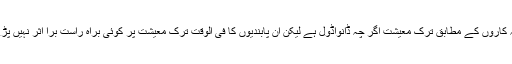
تجزیہ کاروں کے مطابق ترک معیشت اگر چہ ڈانواڈول ہے لیکن ان پابندیوں کا فی الوقت ترک معیشت پر کوئی براہ راست برا اثر نہیں پڑے گا۔